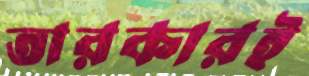
তারকারই